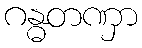
ဂန္ဓတဏှာ